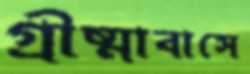
গ্রীষ্মাবাসে